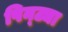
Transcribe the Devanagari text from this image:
पिन्ट्या